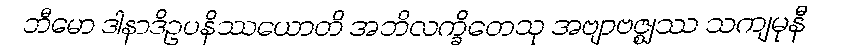
ဘီမော ဒါနာဒိဥပနိဿယောတိ အဘိလက္ခိတေသု အဗျာဗဇ္ဈဿ သကျမုနီ